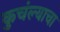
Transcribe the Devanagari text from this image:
कुचंल्याचा